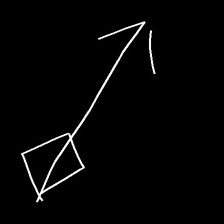
Glyph: focus